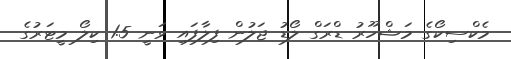
މެކްސިކޯގެ މަޝްހޫރު ޑްރަގް ލޯޑު ޖަލުން ފިލާފައި ވަނީ 1.5 ކިލޯ މީޓަރުގެ